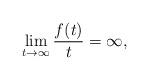
LaTeX: \begin{align*}\lim_{t\to\infty}\frac{f(t)}{t}=\infty,\end{align*}